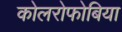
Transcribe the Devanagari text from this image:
कोलरोफोबिया